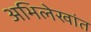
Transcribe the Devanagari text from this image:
अभिलेखांत